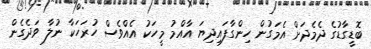
ބޮޑީގާޑުގެ ދެމެދަށް އެމަގުން ހިންގާފައިދިޔަ އާއްމު މީހަކު އެއްވެސް ހުރަހަކާ ނުލާ ވަދެގެން